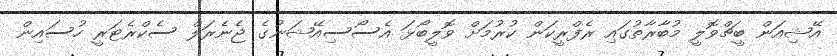
އޭޝިއަން ބީޗްވޮލީ މުބާރާތުގައި ރެފްރީކަން ކުރުމަށް ވޮލީބޯޅަ އެސޯސިއޭޝަނުގެ ޖެނެރަލް ސެކްރެޓަރީ ހުސައިން